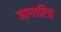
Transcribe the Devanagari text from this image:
जागारित